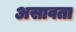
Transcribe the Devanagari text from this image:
असावता